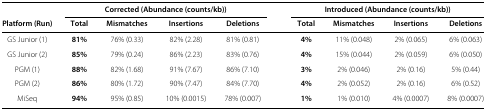
<table><thead><tr><td></td><td colspan="4"><b>Corrected (Abundance (counts/kb))</b></td><td></td><td colspan="4"><b>Introduced (Abundance (counts/kb))</b></td></tr><tr><td><b>Platform (Run)</b></td><td><b>Total</b></td><td><b>Mismatches</b></td><td><b>Insertions</b></td><td><b>Deletions</b></td><td></td><td><b>Total</b></td><td><b>Mismatches</b></td><td><b>Insertions</b></td><td><b>Deletions</b></td></tr></thead><tbody><tr><td>GS Junior (1)</td><td><b>81%</b></td><td>76% (0.33)</td><td>82% (2.28)</td><td>81% (0.81)</td><td></td><td><b>4%</b></td><td>11% (0.048)</td><td>2% (0.065)</td><td>6% (0.063)</td></tr><tr><td>GS Junior (2)</td><td><b>85%</b></td><td>79% (0.24)</td><td>86% (2.23)</td><td>83% (0.76)</td><td></td><td><b>4%</b></td><td>15% (0.044)</td><td>2% (0.059)</td><td>6% (0.050)</td></tr><tr><td>PGM (1)</td><td><b>88%</b></td><td>82% (1.68)</td><td>91% (7.67)</td><td>86% (7.10)</td><td></td><td><b>3%</b></td><td>2% (0.046)</td><td>2% (0.16)</td><td>5% (0.44)</td></tr><tr><td>PGM (2)</td><td><b>86%</b></td><td>80% (1.72)</td><td>90% (7.47)</td><td>84% (7.70)</td><td></td><td><b>4%</b></td><td>2% (0.052)</td><td>2% (0.16)</td><td>6% (0.52)</td></tr><tr><td>MiSeq</td><td><b>94%</b></td><td>95% (0.85)</td><td>10% (0.0015)</td><td>78% (0.007)</td><td></td><td><b>1%</b></td><td>1% (0.010)</td><td>4% (0.0007)</td><td>8% (0.0007)</td></tr></tbody></table>